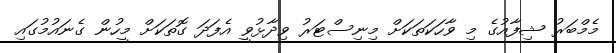
މެމްބަރު ޝިފާއުގެ މި ވާހަކަތަކަށް މިނިސްޓަރު ވިދާޅުވީ އެފަދަ ގޮތަކަށް މީހުން ގެނައުމުގައި